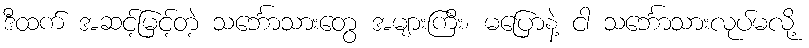
ဒီထက် အဆင့်မြင့်တဲ့ သင်္ဘောသားတွေ အများကြီး၊ မပြောနဲ့ ငါ သင်္ဘောသားလုပ်မလို့